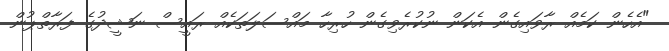
"އެހެން ކަމެއް ރާވައިގެން އެކަން ނުކުރެވިގެން ހުރިހާ މައްސަލަަތަކެއް ރައީސް ނަޝީދުގެ ފަރާތްޕުން